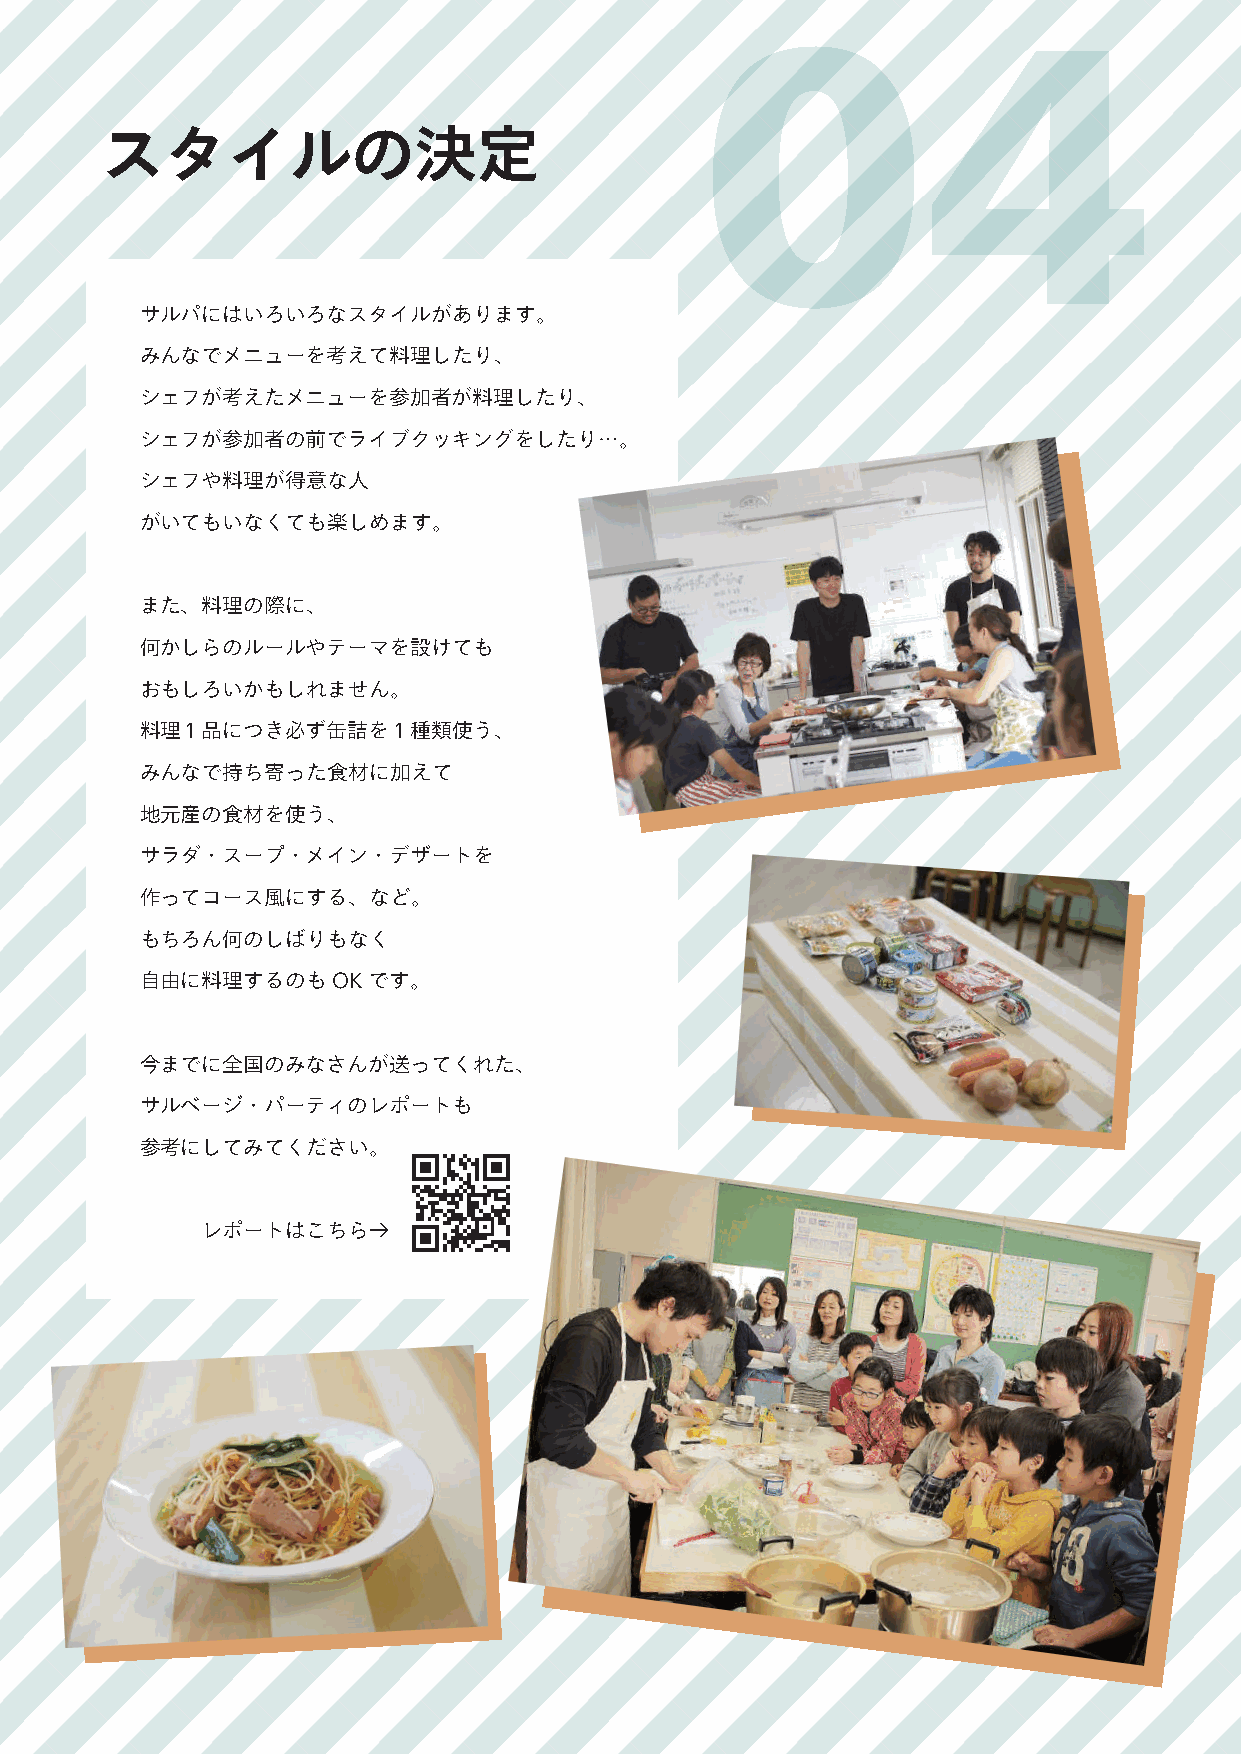
スタイルの決定                                04
 サルパにはいろいろなスタイルがあります。
 みんなでメニューを考えて料理したり、
 シェフが考えたメニューを参加者が料理したり、
 シェフが参加者の前でライブクッキングをしたり…。
 シェフや料理が得意な人
 がいてもいなくても楽しめます。
 また、料理の際に、
 何かしらのルールやテーマを設けても
 おもしろいかもしれません。
 料理１品につき必ず缶詰を１種類使う、
 みんなで持ち寄った食材に加えて
 地元産の食材を使う、
 サラダ・スープ・メイン・デザートを
 作ってコース風にする、など。
 もちろん何のしばりもなく
 自由に料理するのもOKです。
 今までに全国のみなさんが送ってくれた、
 サルベージ・パーティのレポートも
 参考にしてみてください。
 レポートはこちら→